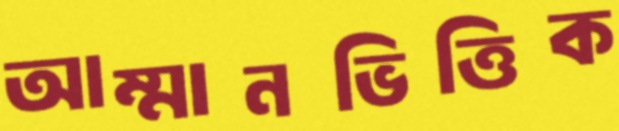
আম্মানভিত্তিক